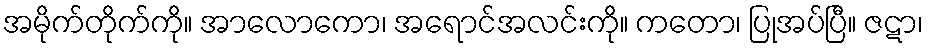
အမိုက်တိုက်ကို။ အာလောကော၊ အရောင်အလင်းကို။ ကတော၊ ပြုအပ်ပြီ။ ဇဋာ၊